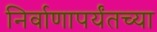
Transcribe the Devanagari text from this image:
निर्वाणापर्यंतच्या